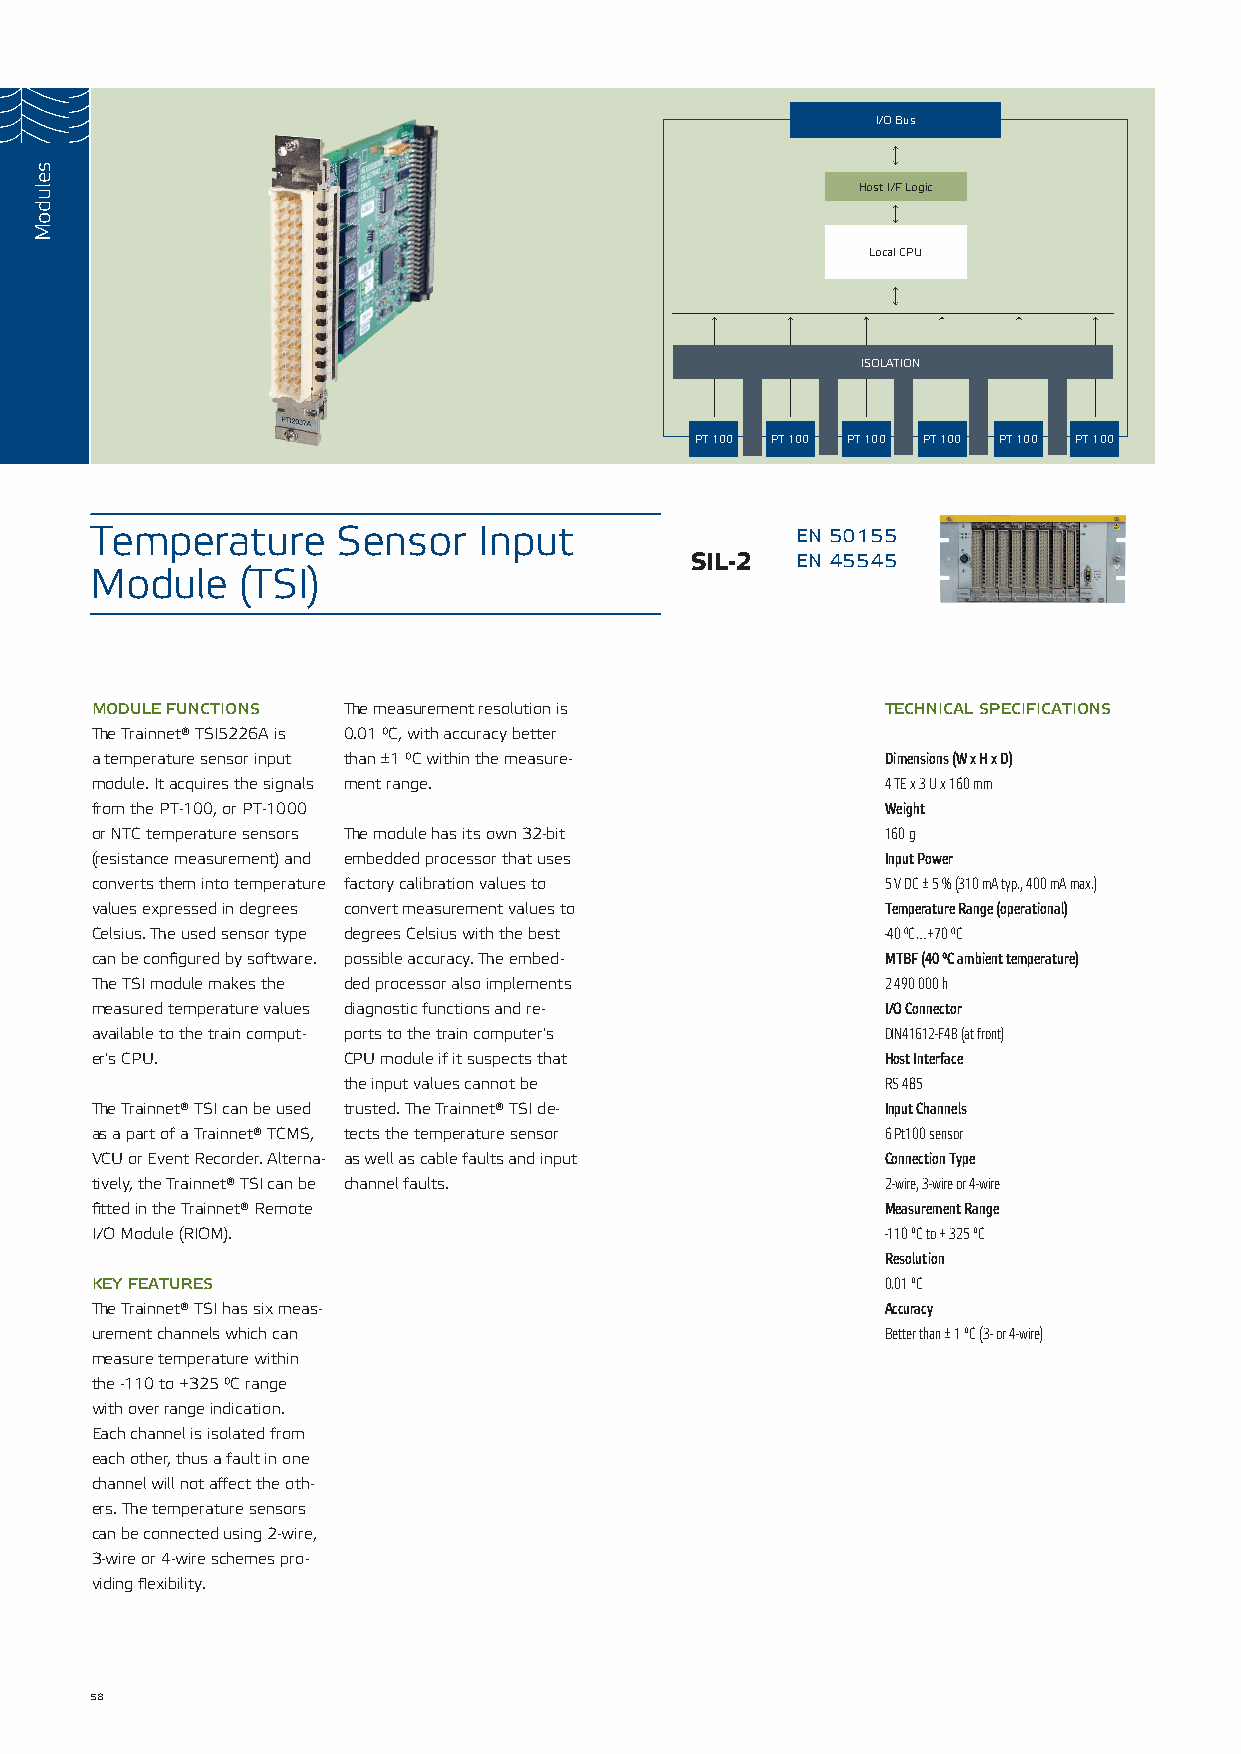
I/O Bus
 Host I/F Logic
 Local CPU
 ISOLATION
 PT 100 PT 100 PT 100 PT 100 PT 100 PT 100
 Temperature     Sensor    Input                en 50155
 SIL-2  en 45545
 Module    (TSI)
 module functions The measurement resolution is       technical specifications
 The Trainnet® TSI5226A is 0.01 °C, with accuracy better
 a temperature sensor input than ±1 °C within the measure- Dimensions (W x H x D)
 module. It acquires the signals ment range.          4 TE x 3 U x 160 mm
 from the PT-100, or PT-1000                          Weight
 or NTC temperature sensors The module has its own 32-bit 160 g
 (resistance measurement) and embedded processor that uses Input Power
 converts them into temperature factory calibration values to 5 V DC ± 5 % (310 mA typ., 400 mA max.)
 values expressed in degrees convert measurement values to Temperature Range (operational)
 Celsius. The used sensor type degrees Celsius with the best -40 °C…+70 °C
 can be configured by software. possible accuracy. The embed- MTBF (40 ºC ambient temperature)
 The TSI module makes the ded processor also implements 2 490 000 h
 measured temperature values diagnostic functions and re- I/O Connector
 available to the train comput- ports to the train computer's DIN41612-F48 (at front)
 er's CPU.        CPU module if it suspects that      Host Interface
 the input values cannot be          RS 485
 The Trainnet® TSI can be used trusted. The Trainnet® TSI de- Input Channels
 as a part of a Trainnet® TCMS, tects the temperature sensor 6 Pt100 sensor
 VCU or Event Recorder. Alterna- as well as cable faults and input Connection Type
 tively, the Trainnet® TSI can be channel faults.     2-wire, 3-wire or 4-wire
 fitted in the Trainnet® Remote                       Measurement Range
 I/O Module (RIOM).                                   -110 ºC to + 325 ºC
 Resolution
 key features                                         0.01 ºC
 The Trainnet® TSI has six meas-                      Accuracy
 urement channels which can                           Better than ± 1 ºC (3- or 4-wire)
 measure temperature within
 the -110 to +325 °C range
 with over range indication.
 Each channel is isolated from
 each other, thus a fault in one
 channel will not affect the oth-
 ers. The temperature sensors
 can be connected using 2-wire,
 3-wire or 4-wire schemes pro-
 viding flexibility.
 58
 seludoM